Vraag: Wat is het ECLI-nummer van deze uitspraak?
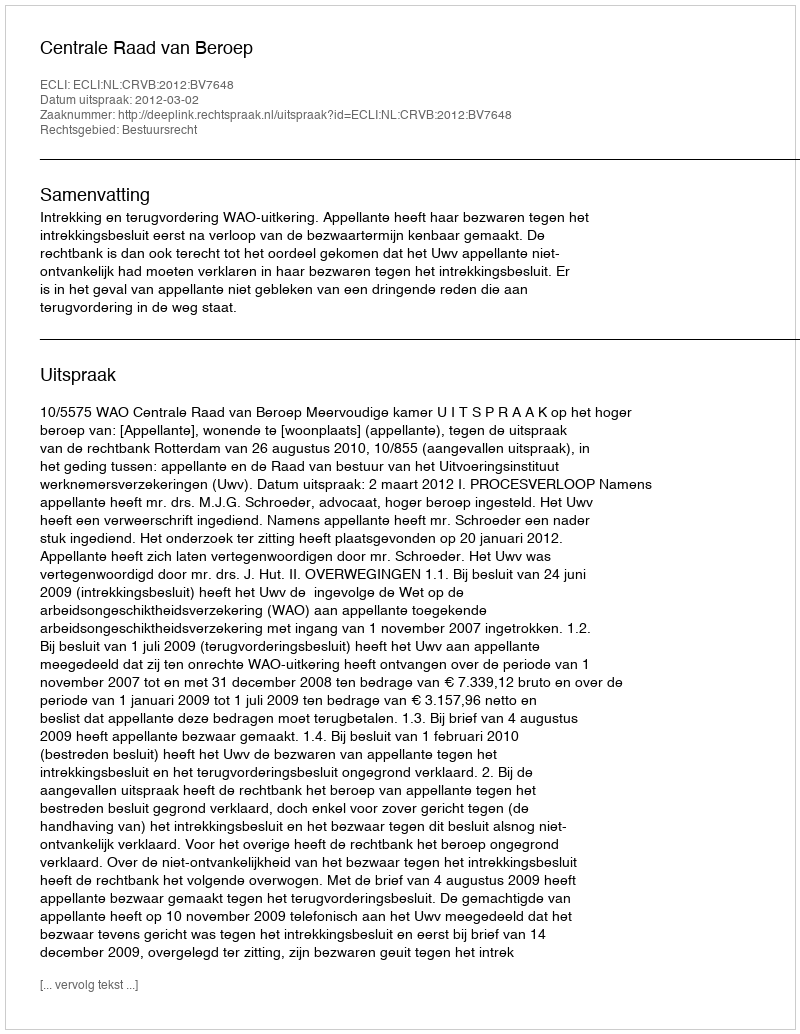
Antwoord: ECLI:NL:CRVB:2012:BV7648